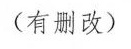
（有删改)